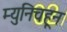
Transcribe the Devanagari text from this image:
म्युनिचहून